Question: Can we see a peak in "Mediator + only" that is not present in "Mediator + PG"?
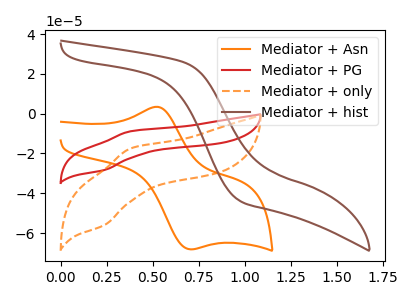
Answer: <think>The orange curve "Mediator + Asn" has an anodic peak at (0.50V, 3.45uA) and a cathodic peak at (0.70V, -68.15uA). The red curve "Mediator + PG" has an anodic peak at (0.40V, -8.90uA) and a cathodic peak at (0.25V, -28.25uA). The orange dashed curve "Mediator + only" has an anodic peak at (0.40V, -17.55uA) and a cathodic peak at (0.25V, -55.85uA). The brown curve "Mediator + hist" has no peaks.
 All the peaks in "Mediator + only" have a peak in "Mediator + PG" at the same potential.</think>
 <answer>No, "Mediator + only" and "Mediator + PG" don't appear to be significantly different in shape</answer>
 <eval>no_change</eval>